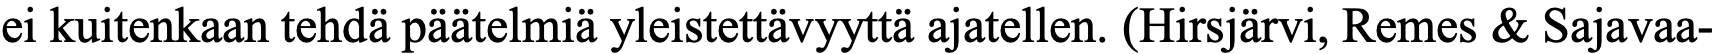
ei kuitenkaan tehdä päätelmiä yleistettävyyttä ajatellen. (Hirsjärvi, Remes & Sajavaa-